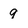
Character: 9